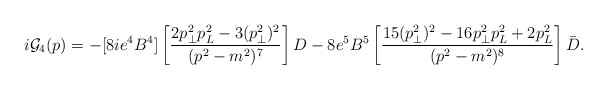
\begin{align*}i{\cal G}_4(p)=-[8ie^4B^4] \left [ { 2 p_{\bot}^2 p_L^2 -3 (p_{\bot}^2)^2 \over (p^2-m^2)^7}\right] D -8 e^5B^5 \left[ {15 ( p_{\bot}^2 )^2 -16 p_\bot^2 p_L^2 +2 p_L^2 \over (p^2-m^2)^8} \right] \bar D.\end{align*}